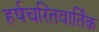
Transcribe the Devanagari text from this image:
हर्षचरितवार्तिक